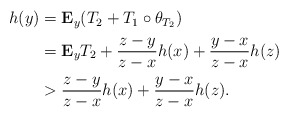
\begin{align*}\begin{aligned}h(y)&=\mathbf{E}_y(T_2+T_1\circ \theta_{T_2}) \\&=\mathbf{E}_yT_2+\frac{z-y}{z-x}h(x)+\frac{y-x}{z-x} h(z)\\&>\frac{z-y}{z-x}h(x)+\frac{y-x}{z-x} h(z). \end{aligned}\end{align*}